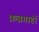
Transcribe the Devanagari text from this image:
क़ब्रगाहों